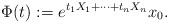
LaTeX: \begin{align*} \Phi(t):=e^{t_1 X_1+\cdots + t_n X_n}x_0.\end{align*}